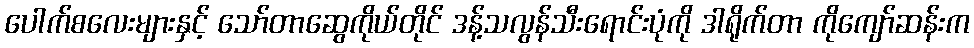
ပေါက်စလေးများနှင့် သော်တာဆွေကိုယ်တိုင် ဒန့်သလွန်သီးရောင်းပုံကို ဒါရိုက်တာ ကိုကျော်ဆန်းက